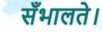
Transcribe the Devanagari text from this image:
सँभालते।